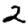
Digit: 2